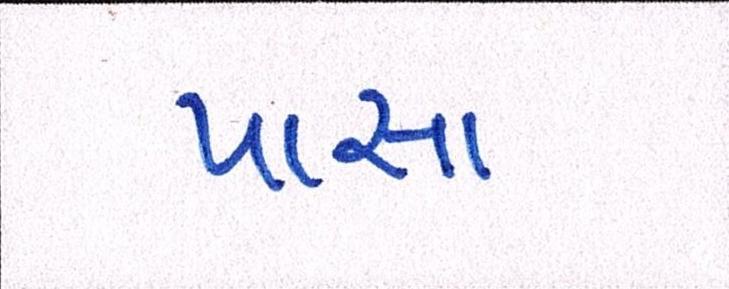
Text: પાસા